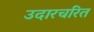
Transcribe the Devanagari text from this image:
उदारचरित